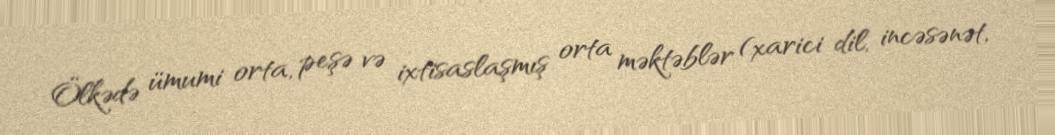
Ölkədə ümumi orta, peşə və ixtisaslaşmış orta məktəblər (xarici dil, incəsənət,